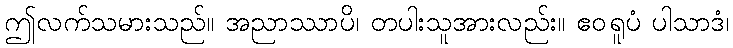
ဤလက်သမားသည်။ အညာဿာပိ၊ တပါးသူအားလည်း။ ဧဝရူပံ ပါသာဒံ၊